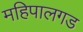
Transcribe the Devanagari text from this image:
महिपालगड